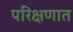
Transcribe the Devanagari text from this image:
परिक्षणात